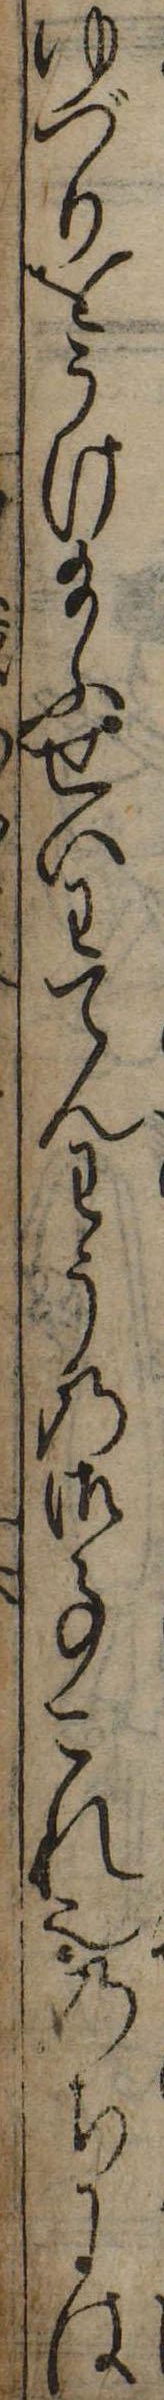
ゆづりをうけ給ふせいわてんわうの御事これ也のちには